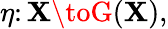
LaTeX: \eta\colon\mathbf{X}\toG(\mathbf{X}),